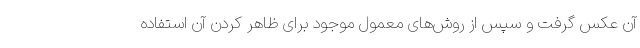
آن عکس گرفت و سپس از روش‌های معمول موجود برای ظاهر کردن آن استفاده